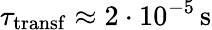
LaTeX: \tau_{\mathrm{transf}}\approx 2\cdot 10^{-5}\, \mathrm{s}